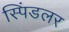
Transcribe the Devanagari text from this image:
स्पिंडलर